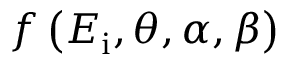
f \left( E _ { \mathrm { i } } , \theta , \alpha , \beta \right)